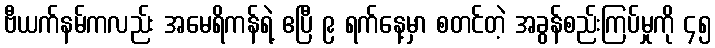
ဗီယက်နမ်ကလည်း အမေရိကန်ရဲ့ ဧပြီ ၉ ရက်နေ့မှာ စတင်တဲ့ အခွန်စည်းကြပ်မှုကို ၄၅